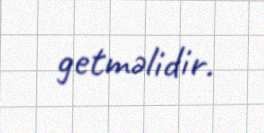
getməlidir.